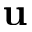
{ \bf u }